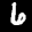
Label: 6